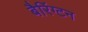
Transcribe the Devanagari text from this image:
बैरिंग्टन